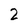
Character: 2